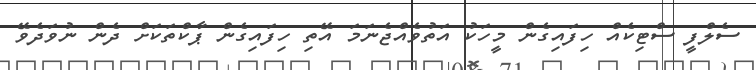
ސެލްފީ ސްޓިކެއް ހިފައިގެން މީހަކު އަތުވެއްޖެނަމަ އޭތި ހިފައިގެން ޕާކްތަކަށް ދެން ނުވަދެވޭ